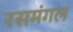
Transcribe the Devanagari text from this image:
रसमंगल